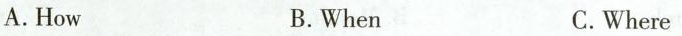
A.How B.When C.Where